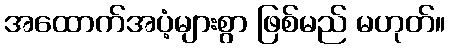
အထောက်အပံ့များစွာ ဖြစ်မည် မဟုတ်။